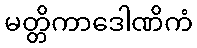
မတ္တိကာဒေါဏိကံ